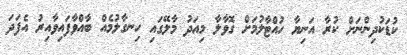
ކުޑަކުދިންނަށް ކުރާ އަނިޔާ ހުއްޓާލުމަށް ގޮވާލާ މިއަދު މާލޭގައި ހިނގާލުމެއް ބާއްވާފައިވާއިރު އެފަދަ